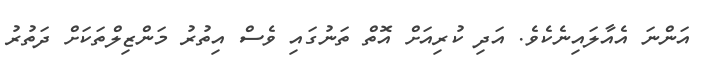
އަންނަ އެއާލައިނެކެވެ. އަދި ކުރިއަށް އޮތް ތަނުގައި ވެސް އިތުރު މަންޒިލްތަކަށް ދަތުރު